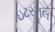
ઇટરનલ